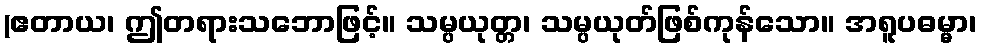
(ဧတာယ၊ ဤတရားသဘောဖြင့်။ သမ္ပယုတ္တ၊ သမ္ပယုတ်ဖြစ်ကုန်သော။ အရူပဓမ္မာ၊